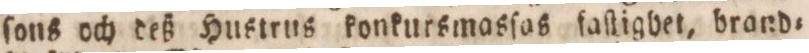
ſons och deß Hustrus konkursmasſas faſlighet, brand=